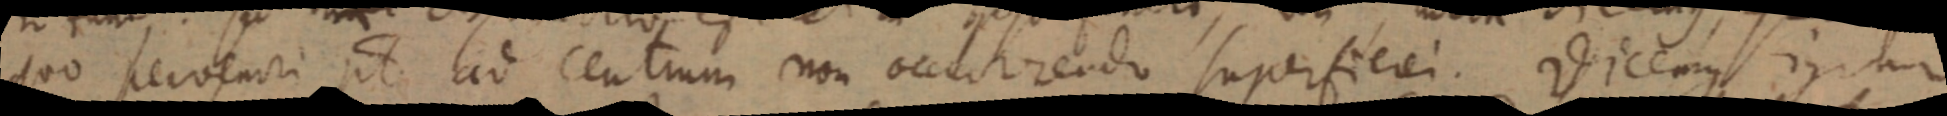
quo fervendi ut ad centrum non occutrendo superficei. Vicemus ipsum